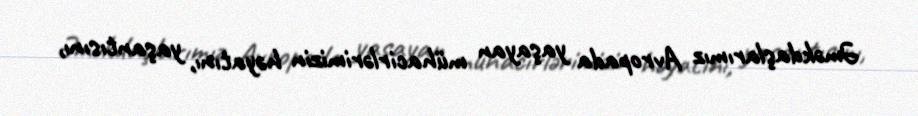
Əməkdaşlarımız Avropada yaşayan mühacirlərimizin həyatını, yaşantısını,